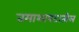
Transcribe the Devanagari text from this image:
तमाशापटातील